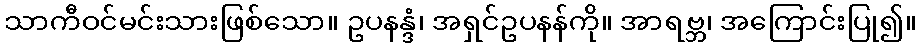
သာကီဝင်မင်းသားဖြစ်သော။ ဥပနန္ဒံ၊ အရှင်ဥပနန်ကို။ အာရဗ္ဘ၊ အကြောင်းပြု၍။